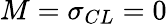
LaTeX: M=\sigma_{CL}=0